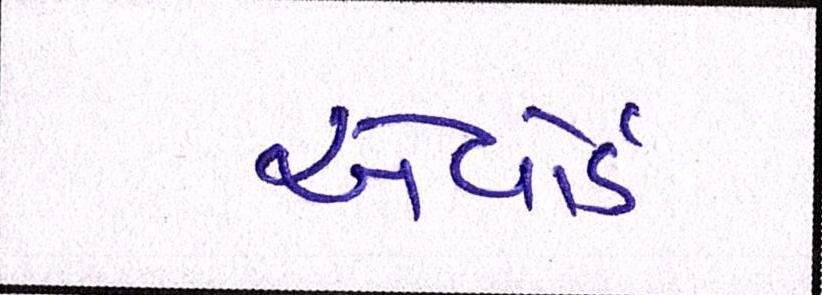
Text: એવૉર્ડ